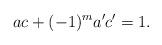
LaTeX: \begin{align*}ac+(-1)^m a'c'=1.\end{align*}